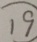
\textcircled { 1 9 }